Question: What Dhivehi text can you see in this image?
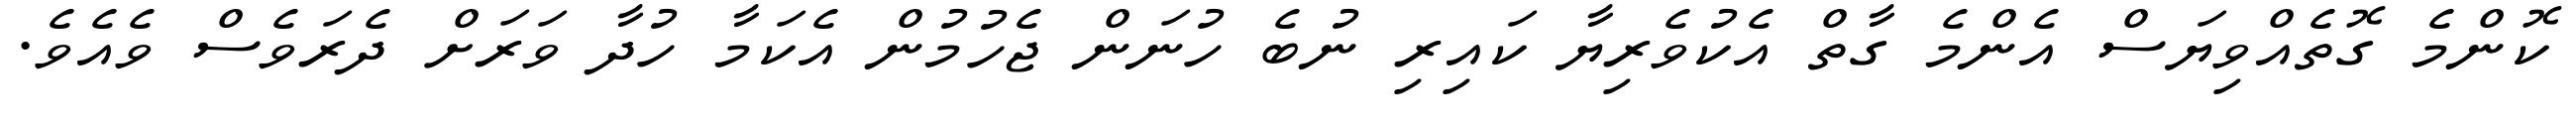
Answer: ކޮންމެ ގޮތެއްވިޔަސް އެންމެ ގާތް އެކުވެރިޔާ ކައިރި ނުބެ ހުނަން ޖެހުމުން އެކަމާ ހުދާ ވަރަށް ދެރަވެސް ވެއެވެ.